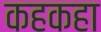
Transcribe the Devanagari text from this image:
कहकहा